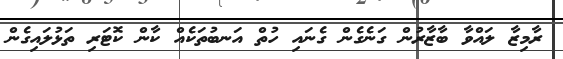
ރާމިޒާ ލައްވާ ބާޒާރުން ގަނެގެން ގެނައި ހުތް އަނބުތަކެއް ކާން ކޮޓަރި ތަޅުލައިގެން